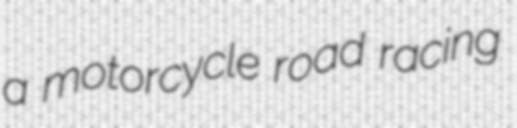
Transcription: a motorcycle road racing